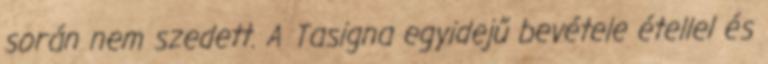
során nem szedett. A Tasigna egyidejű bevétele étellel és